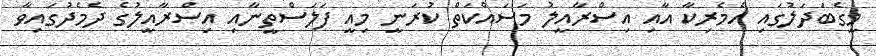
މީގެބަދަލުގައި އެމެރިކާ އާއި އިސްރާއީލު މަސައްކަތް ކުރަނީ މިއީ ފަލަސްތީނާއި އިސްރާއީލުގެ ދެމެދުގައިވާ